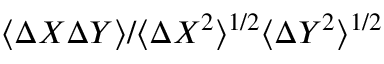
\langle { \mit \Delta } X { \mit \Delta } Y \rangle / \langle { \mit \Delta } X ^ { 2 } \rangle ^ { 1 / 2 } \langle { \mit \Delta } Y ^ { 2 } \rangle ^ { 1 / 2 }